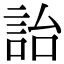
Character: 詒